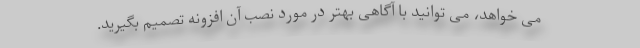
می خواهد، می توانید با آگاهی بهتر در مورد نصب آن افزونه تصمیم بگیرید.